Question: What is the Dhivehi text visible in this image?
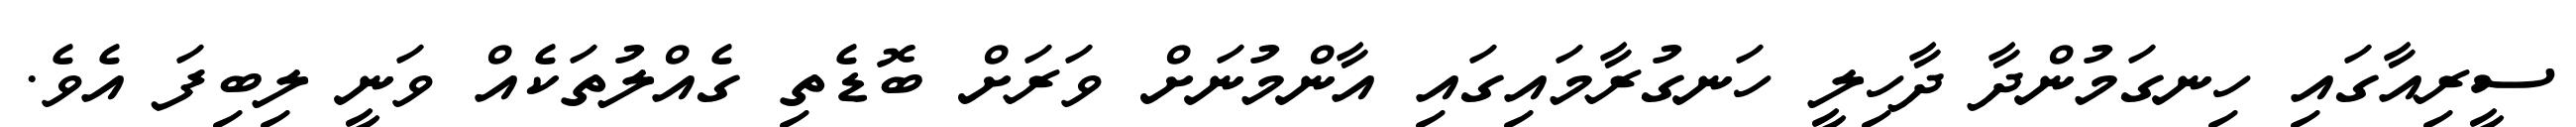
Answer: ސީރިއާގައި ހިނގަމުންދާ ދާހިލީ ހަނގުރާމައިގައި އާންމުނަށް ވަރަށް ބޮޑެތި ގެއްލުތަކެއް ވަނީ ލިބިފަ އެވެ.